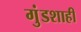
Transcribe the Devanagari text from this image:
गुंडशाही